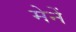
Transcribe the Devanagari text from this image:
मेनें